Leaving Certificate Examination, 1915
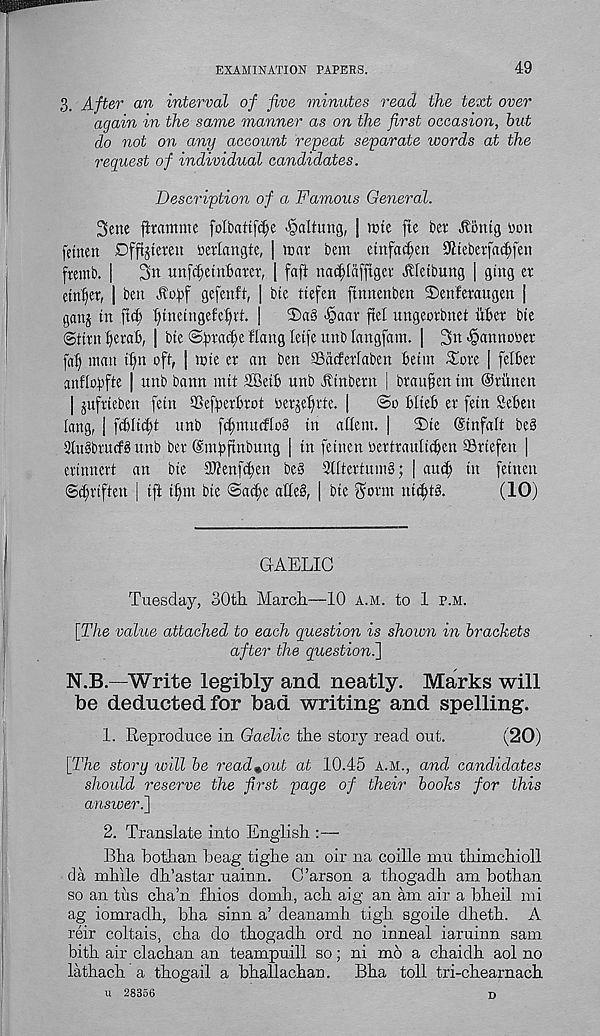
EXAMINATION PAPERS.
49
3. After an interval of five minutes read the text over
again in the same manner as on the first occasion, hut
do not on any account repeat separate words at the
request of individual candidates.
Description of a Famous General.
2>ene gramme folbattfcfje <@altung, | rote fte bet ^ontg bon
fetnen Dfftjteten berlangte, | roar bent etnfa^en 9ltebetfa<Jjfen
ftemb. |
3n unfc(;etnbatet, | fa ft nacftaffiget .Kfetbung | gtng et
etn^et, | ben Jlo^f gefenft, | bte tiefen ftnnenben 2)enfetaugen |
ganj tn ft if) f)tnetngefef)vt. |
2)a3 «§aav ftel ungeotbnet itbet bte
©tttn tyetab, | bte ©ftacfe flang leife unb langfant. | 3n fjannobet
fab man tbn oft, | rote et an ben SSitcfetlaben betm ^ote [ felbet
anflobfte | unb bann mit SBetb unb Jlmbetn | btattfen tin ©tttnen
| juftteben fetn tBefpetbtot oerjebtte. |
©o blteb et fetn Seben
lang, | fcbltcbt unb f^muifIo§ in allent. |
3)te ©infatt be^
3lu§btucf8 unb bet ©mbftnbung | tn fetnen oettraultcben fflttefen |
ettnnett an bte 3)tenfcben beg -2lttettumg; | andf tn fetnen
©cbttften | tft tbm bte ©aibe atteg, | bte ^otm nt^tg.
(10)
GAELIC
Tuesday, SOth. March—10 a.m. to 1 p.m.
[The value attached to each question is shown in brackets
after the question^]
N.B.—Write legibly and. neatly. Marks will
be deducted for bad writing and spelling.
1. Reproduce in Gaelic the story read out.
(20)
[I7is story will be read-out at 10.45 a.m., and candidates
shoidd reserve the first page of their hooks for this
answer.]
2. Translate into English
Bha bothan beag tighe an oir na coille mu thimchioll
da mhile dh’astar uainn. C’arson a thogadh am bothan
so an tits cha’n fhios domh, ach aig an am air a bheil mi
ag iomradh, bha sinn a’ deanamh tigh sgoile dheth. A
reir coltais, cha do thogadh ord no inneal iaruinn sam
bith air clachan an teampuill so; ni mo a chaidh aol no
lathach a thogail a bhallachan.
Bha toll tri-chearnach
u 28356
D